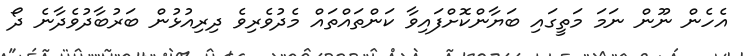
އެހެން ނޫން ނަމަ މަތީގައި ބަޔާންކޮށްފައިވާ ކަންތައްތައް މެދުވެރިވެ ދިރިއުޅުން ބަރުބާދުވެދާނެ ދޯ